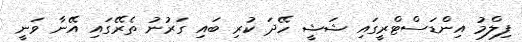
ފިލްމު އިންޑަސްޓްރީގައި ޝަޝީ ހޭދަ ކުރި ބައި ގަރުނު ތެރޭގައި އޭނާ ވަނީ